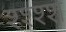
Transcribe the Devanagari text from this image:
श्श्श्श